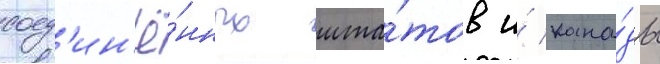
соед'ин'ё́нных шта́тов и́ кана́ды